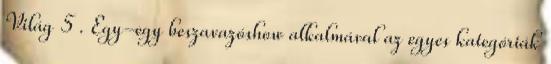
Világ 5 . Egy-egy beszavazóshow alkalmával az egyes kategóriák